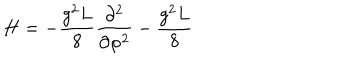
LaTeX: H = - \frac { g ^ { 2 } L } { 8 } \frac { \partial ^ { 2 } } { \partial \varphi ^ { 2 } } - \frac { g ^ { 2 } L } { 8 }